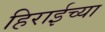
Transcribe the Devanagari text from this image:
हिराईच्या